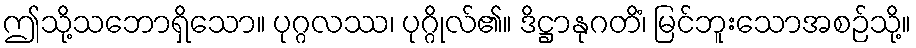
ဤသို့သဘောရှိသော။ ပုဂ္ဂလဿ၊ ပုဂ္ဂိုလ်၏။ ဒိဋ္ဌာနုဂတိံ၊ မြင်ဘူးသောအစဉ်သို့။